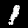
Label: 1